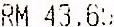
RM 43.65